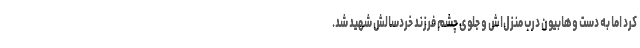
کرد اما به دست وهابیون درب منزل‌اش و جلوی چشم فرزند خردسالش شهید شد.